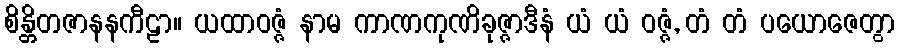
စိန္တိတဇာနနကီဠာ။ ယထာဝဇ္ဇံ နာမ ကာဏကုဏိခုဇ္ဇာဒီနံ ယံ ယံ ဝဇ္ဇံ, တံ တံ ပယောဇေတွာ